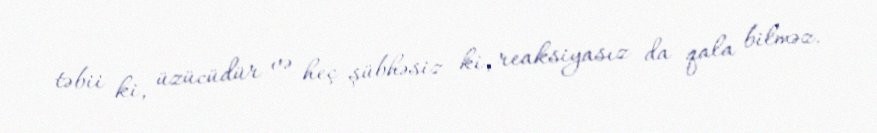
təbii ki, üzücüdür və heç şübhəsiz ki, reaksiyasız da qala bilməz.